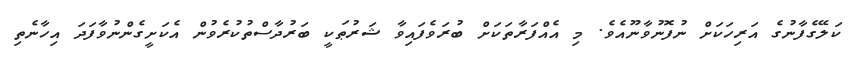
ކަލޭގެފާނުގެ އަރިހަކަށް ނުފޮނުވާނޫއެވެ. މި އެއްފަރާތަކަށް ބުރަވެފައިވާ ޝަރުޠަކީ ބަރުދާސްތުކުރެވުން އެކަށީގެންނުވާފަދަ އިހާނެތި